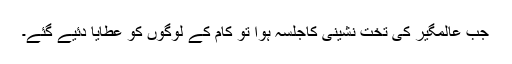
جب عالمگیرؒ کی تخت نشینی کاجلسہ ہوا تو کام کے لوگوں کو عطایا دئیے گئے۔